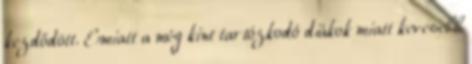
kezdődött. Emiatt a még kint tartózkodó diákok miatt kevesebb